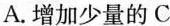
A.增加少量的C